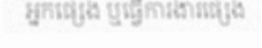
អ្នកផ្សេង ឬធ្វើការងារផ្សេង